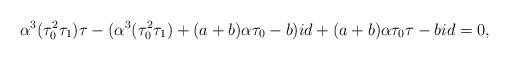
LaTeX: \begin{align*}\alpha^3 (\tau_0^2 \tau_1) \tau - (\alpha^3 (\tau_0^2 \tau_1) + (a+b) \alpha \tau_0 - b) id + (a+b) \alpha \tau_0 \tau - b id = 0,\end{align*}